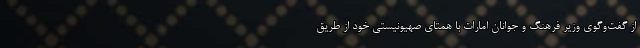
از گفت‌وگوی وزیر فرهنگ و جوانان امارات با همتای صهیونیستی خود از طریق